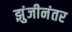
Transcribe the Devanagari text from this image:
झुंजीनंतर